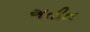
અતીત